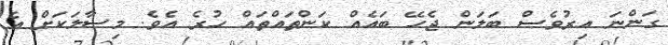
ގަންނަ އިރުވެސް ބަލަން ޖެހޭ ބައެއް ކަންތައްތައް ހުރެ އެވެ. މިސާލަކަށް އެ